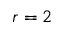
r = 2